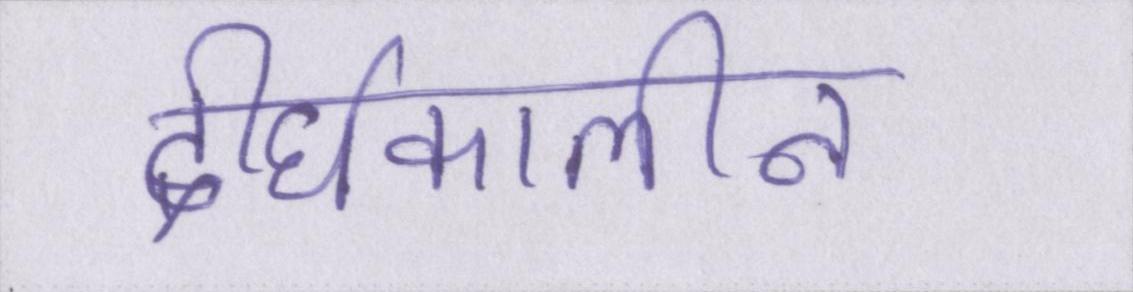
दीर्घकालीन